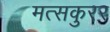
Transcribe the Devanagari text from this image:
मत्सकुरर